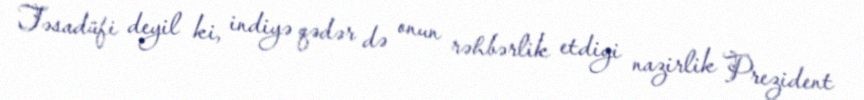
Təsadüfi deyil ki, indiyə qədər də onun rəhbərlik etdiyi nazirlik Prezident